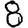
Digit: 8